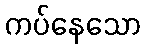
ကပ်နေသော